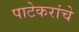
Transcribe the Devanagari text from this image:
पाटेकरांचे